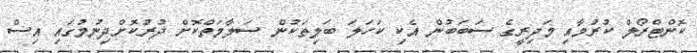
ކޮންޓްރޯލް ކުރުމާއި މަދިރީގެ ސަބަބުން އެކި ކަހަލަ ބަލިތަކުން ސަލާމަތްކޮށް ދުރުކޮށްދިނުމުގައި އިސް